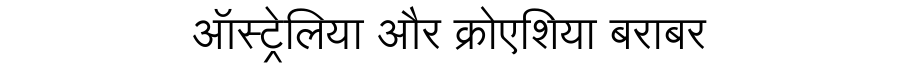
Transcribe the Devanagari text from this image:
ऑस्ट्रेलिया और क्रोएशिया बराबर